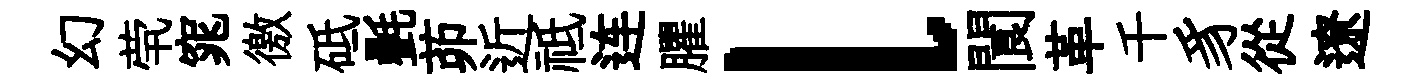
幻茕窕徼砥㲲茆近祗连臞l閬革千豸從遼